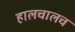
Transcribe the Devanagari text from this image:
हालचालच